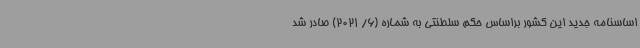
اساسنامه جدید این کشور براساس حکم سلطنتی به شماره (6/ 2021) صادر شد